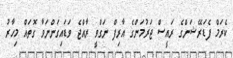
ކެރަމް ފެޑަރޭޝަންގެ ރައީސް ޖަރުމަންގެ އާރިފް ނަގްވީ ރާއްޖެ ވަޑައިގަންނަވާ ގޮތައް މިހާރު